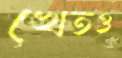
খেতও